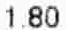
1.80